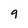
Character: 9